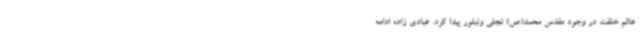
عالم خلقت در وجود مقدس محمد(ص) تجلی وتبلور پیدا کرد. عبادی زاده ادامه